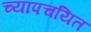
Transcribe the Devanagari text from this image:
च्यापचयित